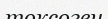
токсоген